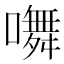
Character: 𭋩